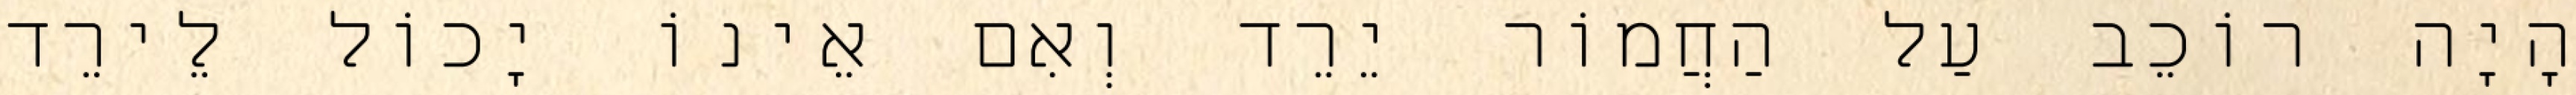
הָיָה רוֹכֵב עַל הַחֲמוֹר יֵרֵד וְאִם אֵינוֹ יָכוֹל לֵירֵד